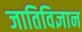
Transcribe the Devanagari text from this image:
जातिविज्ञान